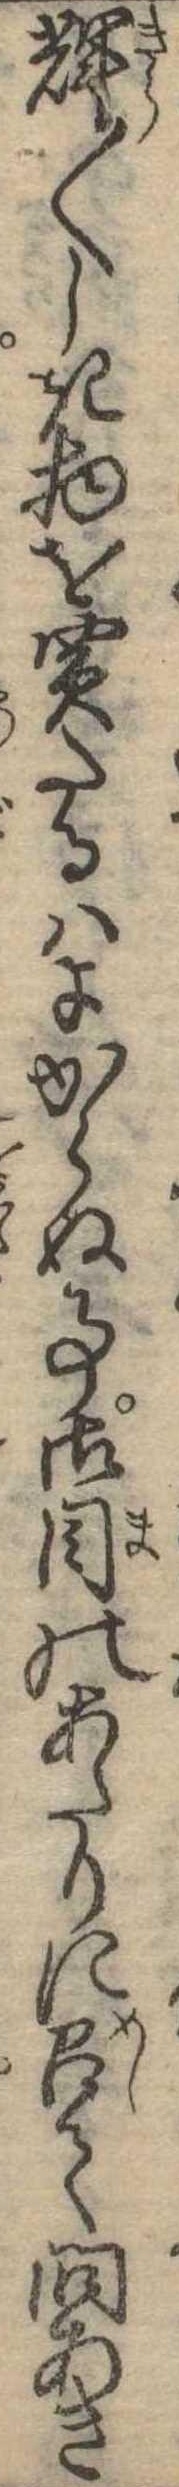
輝〱しき物を買たるはよからぬ事御目のあたりに召て問あき